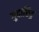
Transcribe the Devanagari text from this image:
गुदाछिद्र